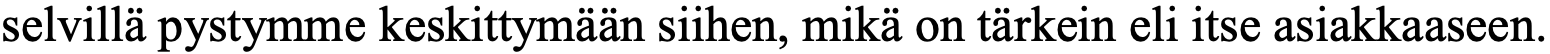
selvillä pystymme keskittymään siihen, mikä on tärkein eli itse asiakkaaseen.